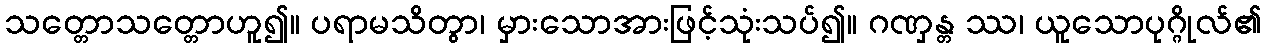
သတ္တောသတ္တောဟူ၍။ ပရာမသိတွာ၊ မှားသောအားဖြင့်သုံးသပ်၍။ ဂဏှန္တ ဿ၊ ယူသောပုဂ္ဂိုလ်၏